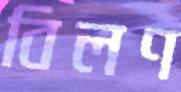
বিলণ